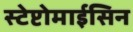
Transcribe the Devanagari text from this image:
स्टेप्टोमाईसिन